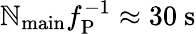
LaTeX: \mathbb{N}_{\mathrm{{main}}}f_{\mathrm{{P}}}^{-1}\approx30~\mathrm{{s}}